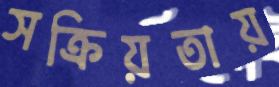
সক্রিয়তায়